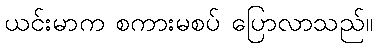
ယင်းမာက စကားမစပ် ပြောလာသည်။